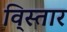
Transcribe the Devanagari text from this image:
वि्स्तार